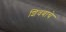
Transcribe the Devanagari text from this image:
शिवबाचे